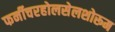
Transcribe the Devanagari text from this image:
फर्नीचरहोलसेलशोरूम